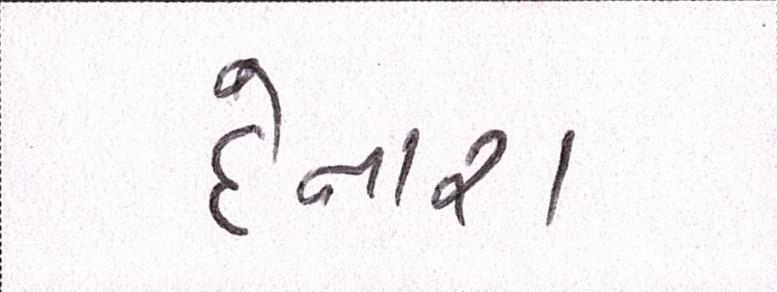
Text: દેનારા